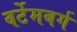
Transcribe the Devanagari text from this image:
वर्टेमबर्ग